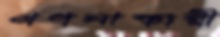
গণনাকারী